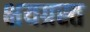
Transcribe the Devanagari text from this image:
क्षयग्रस्त